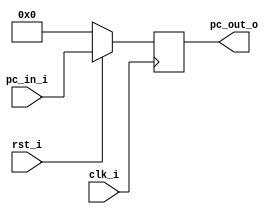
`ifndef PROGRAM_COUNTER_V
`define PROGRAM_COUNTER_V
module ProgramCounter(
        clk_i,
    	rst_i,
    	pc_in_i,
    	pc_out_o
    	);

    //I/O ports
    input           clk_i;
    input	        rst_i;
    input  [32-1:0] pc_in_i;
    output [32-1:0] pc_out_o;

    //Internal Signals
    reg    [32-1:0] pc_out_o;

    //Parameter


    //Main function
    always @(posedge clk_i) begin
        if(~rst_i)
    	    pc_out_o <= 0;
    	else
    	    pc_out_o <= pc_in_i;
    end

endmodule
`endif //PROGRAM_COUNTER_V